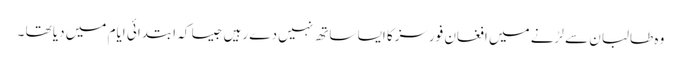
وہ طالبان سے لڑنے میں افغان فورسزکا ایسا ساتھ نہیں دے رہیں جیسا کہ ابتدائی ایام میں دیا تھا ۔